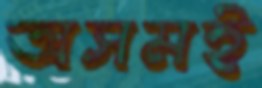
অসমই